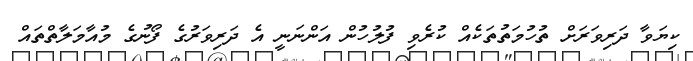
ކިޔަވާ ދަރިވަރަށް ތުހުމަތުތަކެއް ކުރެވި ފުލުހުން އަންނަނީ އެ ދަރިވަރުގެ ފޯނުގެ މުއާމަލާތްތައް